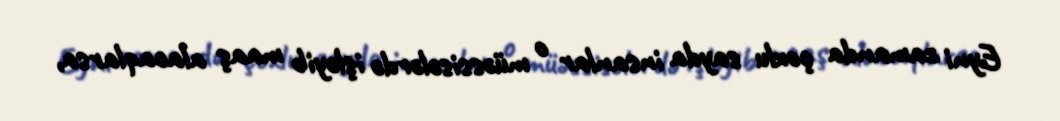
Eyni zamanda çoxlu sayda insanlar o müəssisələrdə işləyib maaş alacaqlarsa,